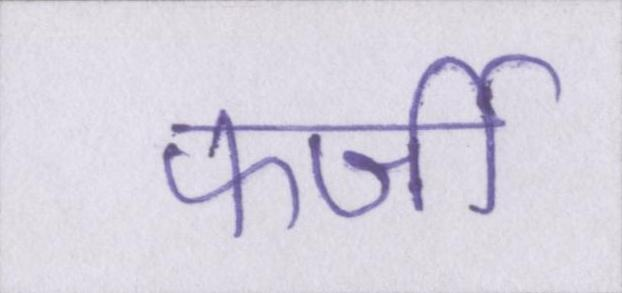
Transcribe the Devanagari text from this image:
फर्जी